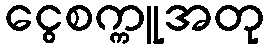
ငွေစက္ကူအတု